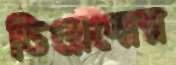
ডিয়েগোর